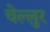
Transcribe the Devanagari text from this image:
चेल्लुर